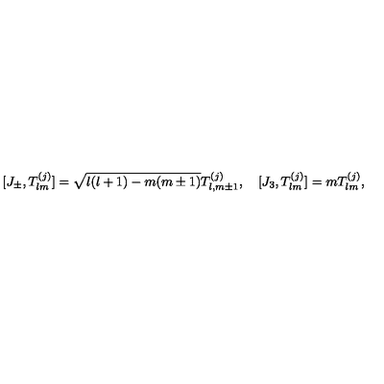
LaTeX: [ J _ { \pm } , T _ { l m } ^ { ( j ) } ] = \sqrt { l ( l + 1 ) - m ( m \pm 1 ) } T _ { l , m \pm 1 } ^ { ( j ) } , \quad [ J _ { 3 } , T _ { l m } ^ { ( j ) } ] = m T _ { l m } ^ { ( j ) } ,